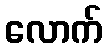
လောက်